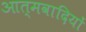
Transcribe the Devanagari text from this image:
आत्मवादियों